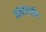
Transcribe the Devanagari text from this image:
आंरतराष्ट्रीय